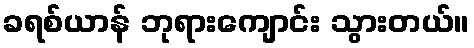
ခရစ်ယာန် ဘုရားကျောင်း သွားတယ်။